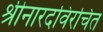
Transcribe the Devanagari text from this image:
श्रीनारदविरचित